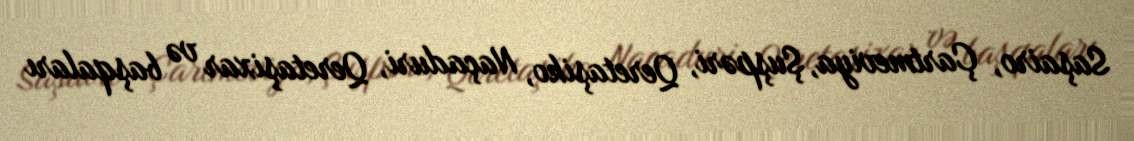
Saşairo, Çartmeviya, Şuşpəri, Qeretaşiko, Naçaduri, Qeretaşixar və başqaları